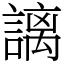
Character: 謧